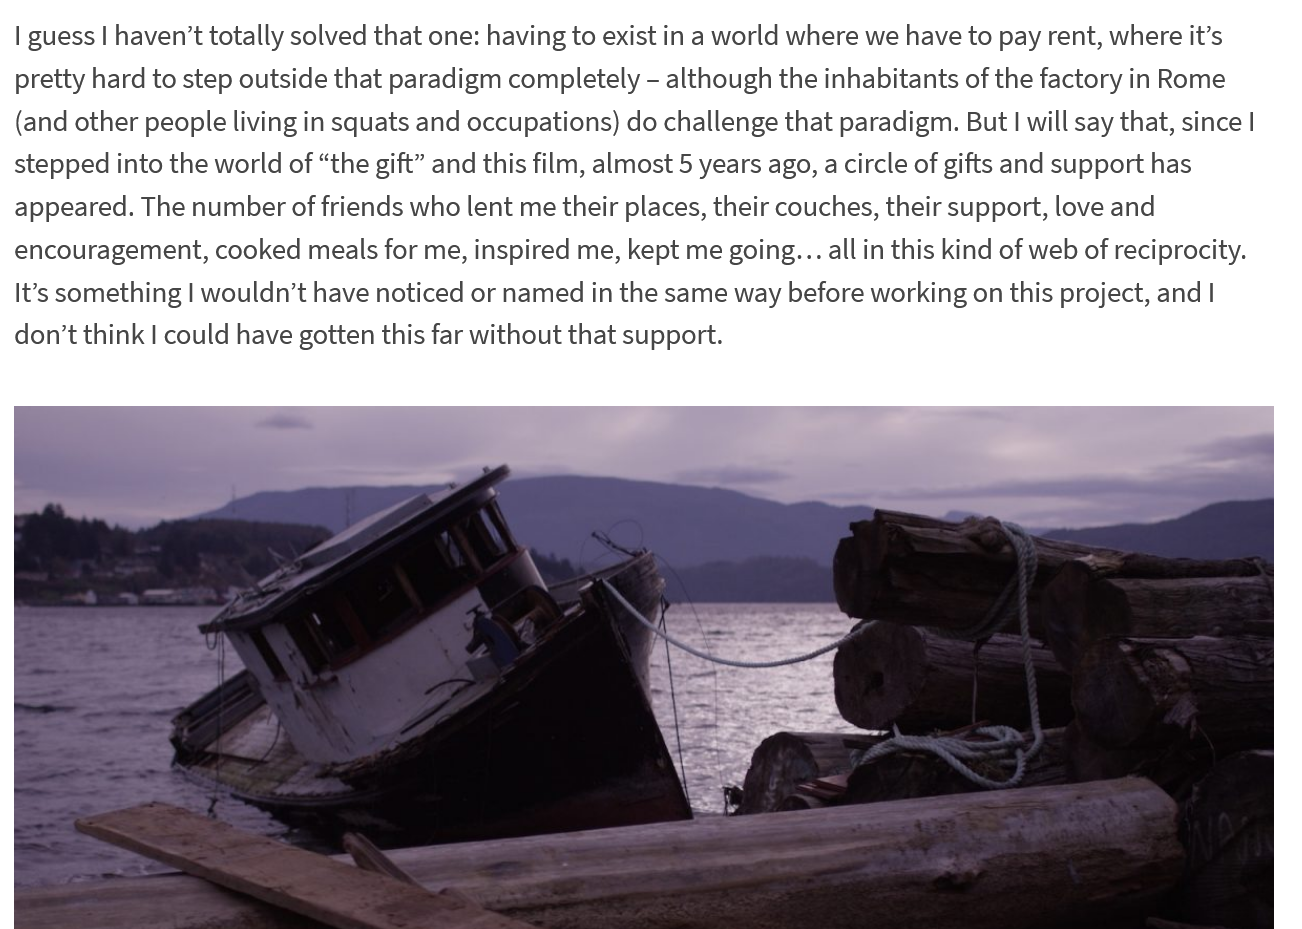
| guess | haven’t totally solved that one: having to exist in a world where we have to pay rent, where it’s
  pretty hard to step outside that paradigm completely - although the inhabitants of the factory in Rome
  (and other people living in squats and occupations) do challenge that paradigm. But | will say that, since |
  stepped into the world of “the gift” and this film, almost 5 years ago, a circle of gifts and support has
  appeared. The number of friends who lent me their places, their couches, their support, love and
  encouragement, cooked meals for me, inspired me, kept me going... all in this kind of web of reciprocity.
  It’s something | wouldn’t have noticed or named in the same way before working on this project, and I
  don’t think I could have gotten this far without that support.